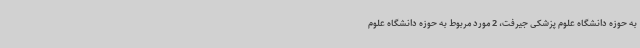
به حوزه دانشگاه علوم پزشکی جیرفت،‌ 2 مورد مربوط به حوزه دانشگاه علوم